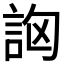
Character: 𧦷